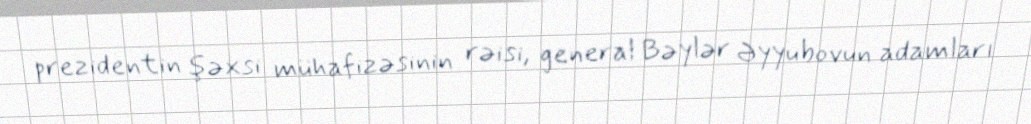
prezidentin şəxsi mühafizəsinin rəisi, general Bəylər Əyyubovun adamları